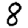
Digit: 8